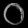
Digit: ၀